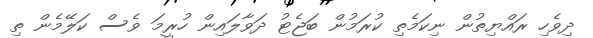
ދިވެހި ރައްޔިތުން ނިކަމެތި ކުރަމުން ބަޖެޓު ދަވާލައިން ހުރީމަ ވެސް ކަލޭމެން ތި